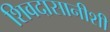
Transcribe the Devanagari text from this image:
शिवदासानीशी